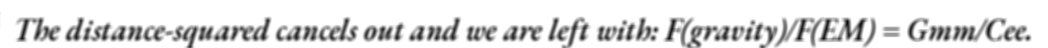
The distance-squared cancels out and we are left with: F(gravity)/F(EM) = Gmm/Cee.